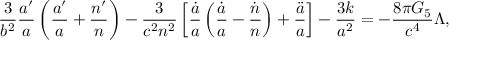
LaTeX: { \frac { 3 } { b ^ { 2 } } } { \frac { a ^ { \prime } } { a } } \left( { \frac { a ^ { \prime } } { a } } + { \frac { n ^ { \prime } } { n } } \right) - { \frac { 3 } { c ^ { 2 } n ^ { 2 } } } \left[ { \frac { \dot { a } } { a } } \left( { \frac { \dot { a } } { a } } - { \frac { \dot { n } } { n } } \right) + { \frac { \ddot { a } } { a } } \right] - { \frac { 3 k } { a ^ { 2 } } } = - { \frac { 8 \pi G _ { 5 } } { c ^ { 4 } } } \Lambda ,